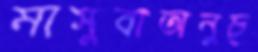
মাসুবাঅনুচ্